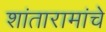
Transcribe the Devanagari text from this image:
शांतारामांचे